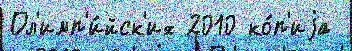
Ол'имп'и́йск'их 2010 ко́п'иjа